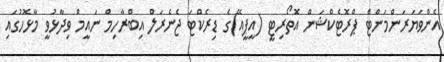
އެންވަޔަރަންމަންޓް ޕްރޮޓެކްޝަން އޮތޯރިޓީ (އީޕީއޭ)ގެ ޑިރެކްޓަ ޖެނެރަލް އިބްރާހިމް ނައީމް ވިދާޅުވީ މާޅޮހުގައި